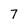
Character: 7